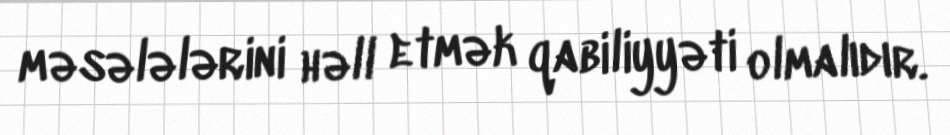
məsələlərini həll etmək qabiliyyəti olmalıdır.